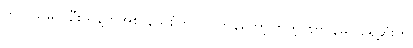
ကုလသမဂ္ဂ ဦးသန့်ကအစ နယ်စုံက လာကန်တော့ကြတဲ့ ဈာပနမှာ ရှေ့ဆုံးက